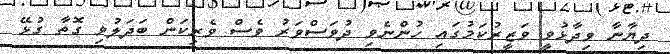
ދިޔާނާ ވިދާޅުވީ ވަޒީރުކަމުގައި ހުންނެވި ދުވަސްވަރު ވެސް ވެރިކަން ބަދަލުވި ގޮތާ ގުޅޭ